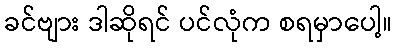
ခင်ဗျား ဒါဆိုရင် ပင်လုံက စရမှာပေါ့။